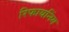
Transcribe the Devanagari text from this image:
रिफायनिंग